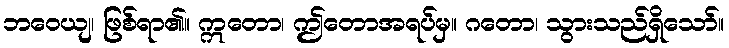
ဘဝေယျ၊ ဖြစ်ရာ၏။ ဣတော၊ ဤတောအရပ်မှ။ ဂတော၊ သွားသည်ရှိသော်။